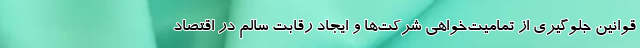
قوانین جلوگیری از تمامیت‌خواهی شرکت‌ها و ایجاد رقابت سالم در اقتصاد